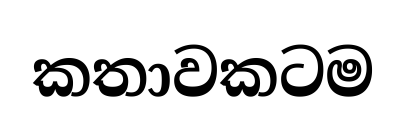
කතාවකටම